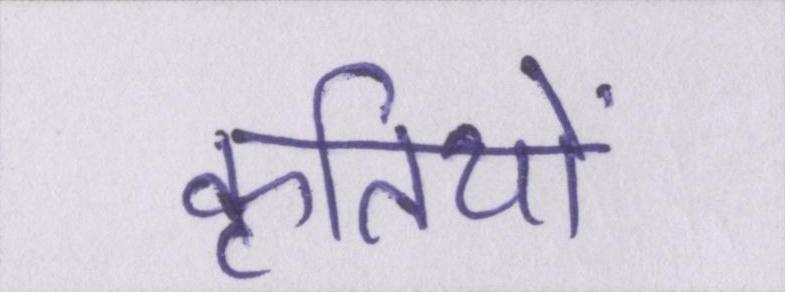
कृतियों